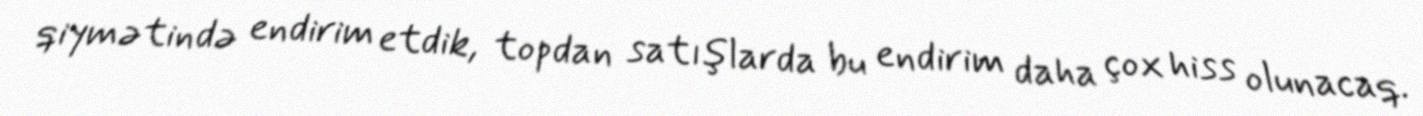
qiymətində endirim etdik, topdan satışlarda bu endirim daha çox hiss olunacaq.